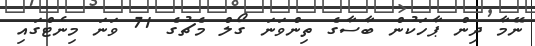
ނޭމާ ދިން ޕާހަކުން ބާސާގެ ތިންވަނަ ގޯލް މެޗުގެ 71 ވަނަ މިނެޓްގައި